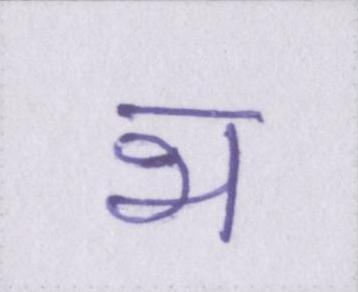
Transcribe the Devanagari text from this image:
भ